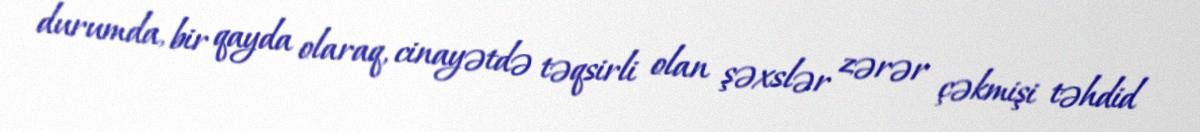
durumda, bir qayda olaraq, cinayətdə təqsirli olan şəxslər zərər çəkmişi təhdid